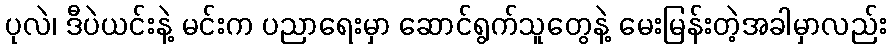
ပုလဲ၊ ဒီပဲယင်းနဲ့ မင်းက ပညာရေးမှာ ဆောင်ရွက်သူတွေနဲ့ မေးမြန်းတဲ့အခါမှာလည်း